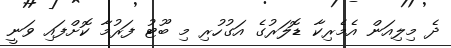
ދެ މިލިއަން އެމެރިކާ ޑޮލަރުގެ އަގުހުރި މި ބޫޓު ފަރުމާ ކޮށްފައި ވަނީ